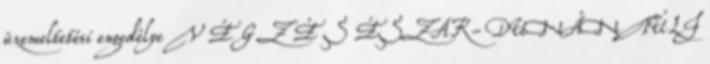
üzemeltetési engedélye V É G Z É S ÉSZAK-DUNÁNTÚLI